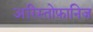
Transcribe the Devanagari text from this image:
अरिस्तोफ़ानिज